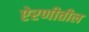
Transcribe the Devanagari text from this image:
ऐरणीतील